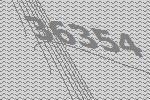
36354